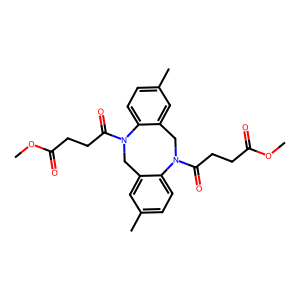
SMILES: COC(=O)CCC(=O)N1Cc2cc(C)ccc2N(C(=O)CCC(=O)OC)Cc2cc(C)ccc21
Inhibits HIV replication: No